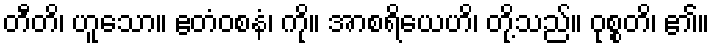
တီတိ၊ ဟူသော။ ဧတံဝစနံ၊ ကို။ အာစရိယေဟိ၊ တို့သည်။ ဝုစ္စတိ၊ ၏။